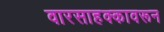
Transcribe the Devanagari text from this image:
वारसाहक्कावरून